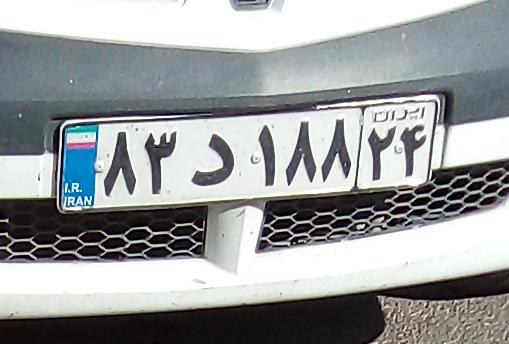
۸۳د۱۸۸۳۴